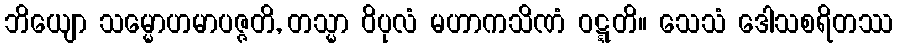
ဘိယျော သမ္မောဟမာပဇ္ဇတိ, တသ္မာ ဝိပုလံ မဟာကသိဏံ ဝဋ္ဋတိ။ သေသံ ဒေါသစရိတဿ